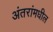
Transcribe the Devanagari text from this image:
अंतरांमधील